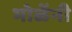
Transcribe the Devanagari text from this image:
भोळेंनी